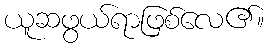
ယူဆဖွယ်ရာဖြစ်လေ၏။